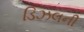
ડિઝલની